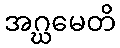
အဂ္ဃမေတိ